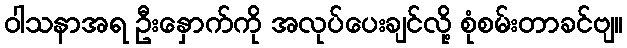
ဝါသနာအရ ဦးနှောက်ကို အလုပ်ပေးချင်လို့ စုံစမ်းတာခင်ဗျ။